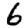
Digit: 6